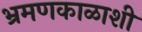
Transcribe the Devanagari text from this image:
भ्रमणकाळाशी